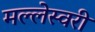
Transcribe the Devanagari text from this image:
मल्लेस्वरी